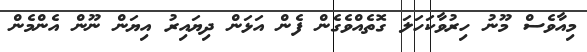
މިއާވެސް މޫނު ހިރުވާކަހަލަ ގޮތެއްވެގެން ފެން އަޅަން ދިޔައިރު އިޔަން ނޫން އެންމެން